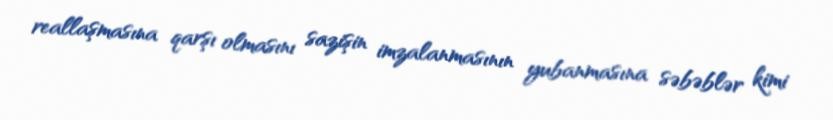
reallaşmasına qarşı olmasını sazişin imzalanmasının yubanmasına səbəblər kimi